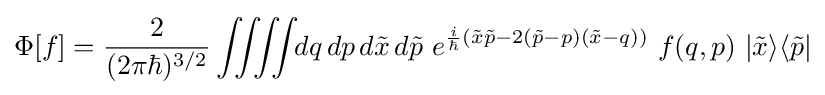
\Phi [f]={\frac {2}{(2\pi \hbar )^{3/2}}}\iint \!\!\!\iint \!\!dq\,dp\,d{\tilde {x}}\,d{\tilde {p}}\ e^{{\frac {i}{\hbar }}({\tilde {x}}{\tilde {p}}-2({\tilde {p}}-p)({\tilde {x}}-q))}~f(q,p)~|{\tilde {x}}\rangle \langle {\tilde {p}}|